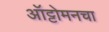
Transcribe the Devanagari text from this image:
ऑट्टोमनचा